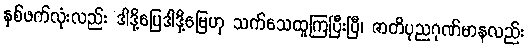
နှစ်ဖက်လုံးလည်း ဒါဒို့ပြေဒါဒို့မြေဟု သက်သေထူကြပြီးပြီ၊ ဇာတိပုညဂုဏ်မာနလည်း